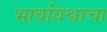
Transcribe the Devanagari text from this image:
भावविश्वाचा